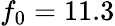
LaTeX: f_{0}=11.3